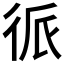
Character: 𱝯